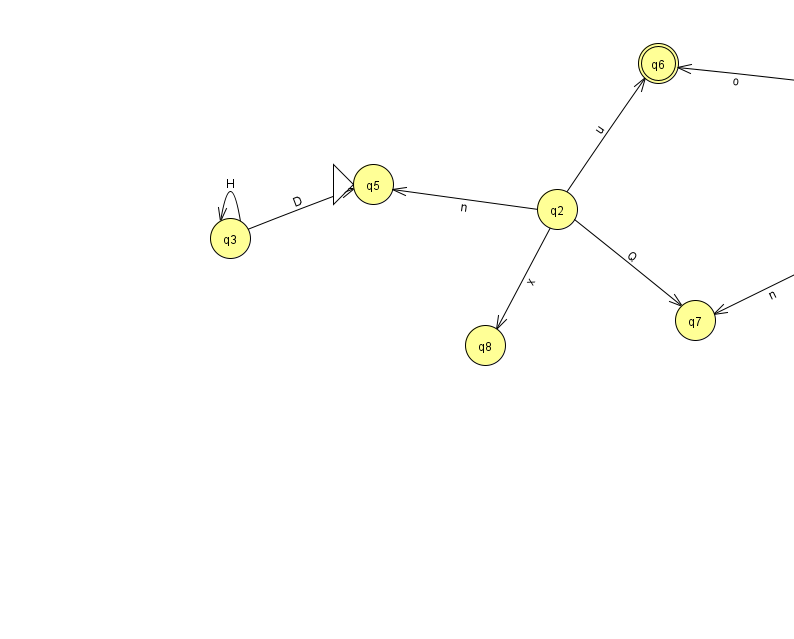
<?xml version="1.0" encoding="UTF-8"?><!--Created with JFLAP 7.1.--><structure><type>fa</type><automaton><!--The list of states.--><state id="0" name="q0"><x>816.0</x><y>67.0</y></state><state id="1" name="q1"><x>839.0</x><y>236.0</y></state><state id="2" name="q2"><x>557.0</x><y>196.0</y></state><state id="3" name="q3"><x>230.0</x><y>225.0</y></state><state id="4" name="q4"><x>965.0</x><y>297.0</y><final/></state><state id="5" name="q5"><x>373.0</x><y>171.0</y><initial/></state><state id="6" name="q6"><x>658.0</x><y>50.0</y><final/></state><state id="7" name="q7"><x>695.0</x><y>307.0</y></state><state id="8" name="q8"><x>485.0</x><y>332.0</y></state><!--The list of transitions.--><transition><from>2</from><to>7</to><read>Q</read></transition><transition><from>2</from><to>5</to><read>n</read></transition><transition><from>4</from><to>1</to><read>j</read></transition><transition><from>0</from><to>6</to><read>o</read></transition><transition><from>1</from><to>0</to><read>J</read></transition><transition><from>3</from><to>3</to><read>H</read></transition><transition><from>2</from><to>8</to><read>x</read></transition><transition><from>1</from><to>7</to><read>n</read></transition><transition><from>1</from><to>4</to><read>T</read></transition><transition><from>3</from><to>5</to><read>D</read></transition><transition><from>2</from><to>6</to><read>u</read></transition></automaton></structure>